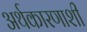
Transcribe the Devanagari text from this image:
अर्थकारणाशी